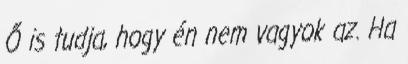
Ő is tudja, hogy én nem vagyok az. Ha